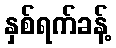
နှစ်ရက်ခန့်